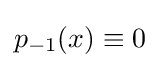
p_{-1}(x)\equiv 0